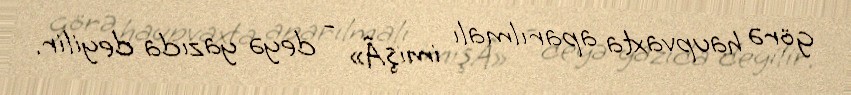
görə haupvaxta aparılmalı imişÂ» - deyə yazıda deyilir.